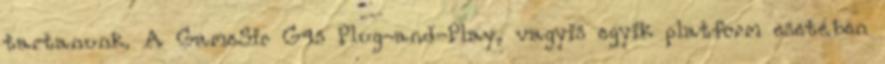
tartanunk. A GameSir G4s Plug-and-Play, vagyis egyik platform esetében